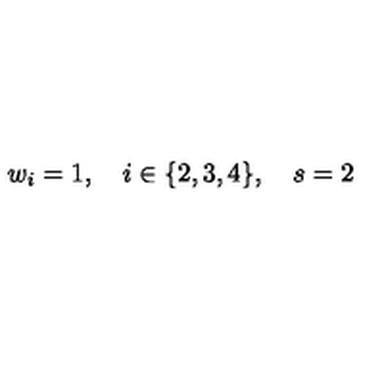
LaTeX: w _ { i } = 1 , \quad i \in \{ 2 , 3 , 4 \} , \quad s = 2